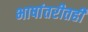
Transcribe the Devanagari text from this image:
भाषांतरीतही